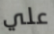
علي